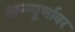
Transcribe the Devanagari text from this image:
अन्न्पूर्णावर